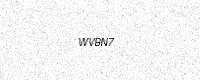
Text: WVBN7